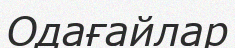
Одағайлар